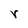
Character: r